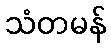
သံတမန်